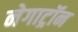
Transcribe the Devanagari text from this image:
नेगाट्रॉन